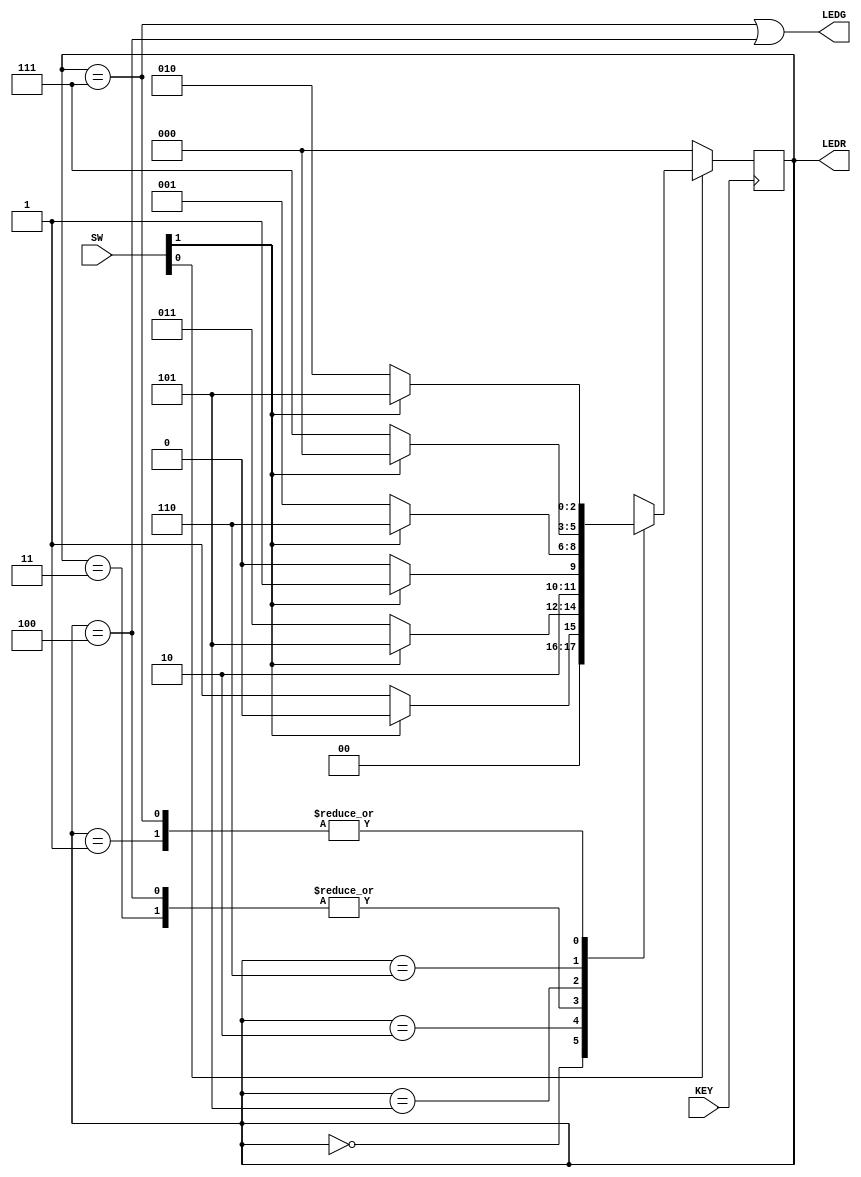
module part2(KEY, SW, LEDG, LEDR);

	input [1:0]SW;
	input [0:0]KEY;
	output [0:0]LEDG;
	output [2:0]LEDR;
	
	reg [2:0] y_Q, Y_D;	
	wire z;	
	wire reset = SW[0];
	wire w = SW[1];
	wire clock = KEY[0];
	
	assign LEDR = y_Q;	
	assign z = (y_Q == H)|(y_Q == E);
	assign LEDG[0] = z;
	
	parameter A=3'b000, B=3'b001, C=3'b010, D=3'b011, E=3'b100, F=3'b101, G=3'b110, H=3'b111;
	
	always@(*)
	begin
		
		case(y_Q)
		
			A: if(w) Y_D = A;
				else Y_D = B;
			B: if(w) Y_D = F;
				else Y_D = C;
			C: if(w) Y_D = F;
				else Y_D = D;
			D: if(w) Y_D = F;
				else Y_D = E;
			E: if(w) Y_D = F;
				else Y_D = E;
			F: if(w) Y_D = G;
				else Y_D = B;	
			G: if(w) Y_D = A;
				else Y_D = H;
			H: if(w) Y_D = F;
				else Y_D = C;
		
			default: Y_D = 3'bxxx;
			
		endcase
	end
	
	always@(posedge clock)
	begin	
		if(reset == 0)
		begin
			y_Q <= A;
		end
		else
		begin
			y_Q <= Y_D;
		end	
	end
	
endmodule